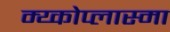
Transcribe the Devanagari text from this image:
म्य्कोप्लास्मा